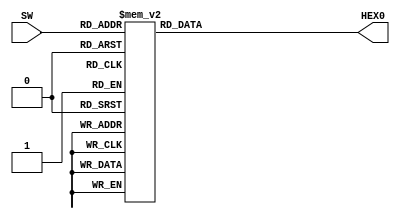
/* Generated by Yosys 0.8 (git sha1 UNKNOWN, clang 10.0.0 -fPIC -Os) */

(* src = "sevenseg.v:1" *)
module sevenseg(HEX0, SW);
  (* src = "sevenseg.v:4" *)
  reg [6:0] _0_;
  (* src = "sevenseg.v:4" *)
  reg [6:0] _1_;
  (* src = "sevenseg.v:1" *)
  output [6:0] HEX0;
  reg [6:0] HEX0;
  (* src = "sevenseg.v:2" *)
  input [3:0] SW;
  always @* begin
    _0_ = _1_;
    casez (SW)
      4'h1:
        begin
          _1_ = 7'h79;
        end
      4'h2:
        begin
          _1_ = 7'h24;
        end
      4'h3:
        begin
          _1_ = 7'h30;
        end
      4'h4:
        begin
          _1_ = 7'h19;
        end
      4'h5:
        begin
          _1_ = 7'h12;
        end
      4'h6:
        begin
          _1_ = 7'h02;
        end
      4'h7:
        begin
          _1_ = 7'h78;
        end
      4'h8:
        begin
          _1_ = 7'h00;
        end
      4'h9:
        begin
          _1_ = 7'h18;
        end
      4'ha:
        begin
          _1_ = 7'h08;
        end
      4'hb:
        begin
          _1_ = 7'h03;
        end
      4'hc:
        begin
          _1_ = 7'h46;
        end
      4'hd:
        begin
          _1_ = 7'h21;
        end
      4'he:
        begin
          _1_ = 7'h06;
        end
      4'hf:
        begin
          _1_ = 7'h0e;
        end
      4'h0:
        begin
          _1_ = 7'h40;
        end
      default:
          _1_ = HEX0;
    endcase
  end
  always @* begin
      HEX0 <= _0_;
  end
endmodule

(* src = "top.v:2" *)
module top(HEX0, HEX1, HEX2, HEX3, HEX4, HEX5, HEX6, HEX7, SW);
  (* src = "top.v:2" *)
  output [6:0] HEX0;
  (* src = "top.v:2" *)
  output [6:0] HEX1;
  (* src = "top.v:2" *)
  output [6:0] HEX2;
  (* src = "top.v:2" *)
  output [6:0] HEX3;
  (* src = "top.v:2" *)
  output [6:0] HEX4;
  (* src = "top.v:2" *)
  output [6:0] HEX5;
  (* src = "top.v:2" *)
  output [6:0] HEX6;
  (* src = "top.v:2" *)
  output [6:0] HEX7;
  (* src = "top.v:3" *)
  input [15:0] SW;
  (* src = "top.v:6" *)
  sevenseg UUD0 (
    .HEX0(HEX0),
    .SW(4'h7)
  );
  (* src = "top.v:7" *)
  sevenseg UUD1 (
    .HEX0(HEX1),
    .SW(4'h1)
  );
  (* src = "top.v:8" *)
  sevenseg UUD2 (
    .HEX0(HEX2),
    .SW(4'h0)
  );
  (* src = "top.v:9" *)
  sevenseg UUD3 (
    .HEX0(HEX3),
    .SW(4'h2)
  );
  (* src = "top.v:10" *)
  sevenseg UUD4 (
    .HEX0(HEX4),
    .SW(SW[3:0])
  );
  (* src = "top.v:11" *)
  sevenseg UUD5 (
    .HEX0(HEX5),
    .SW(SW[7:4])
  );
  (* src = "top.v:12" *)
  sevenseg UUD6 (
    .HEX0(HEX6),
    .SW(SW[11:8])
  );
  (* src = "top.v:13" *)
  sevenseg UUD7 (
    .HEX0(HEX7),
    .SW(SW[15:12])
  );
endmodule